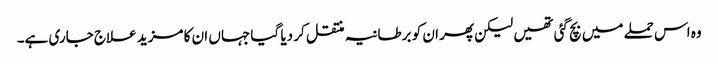
وہ اس حملے میں بچ گئی تھیں لیکن پھر ان کو برطانیہ منتقل کر دیا گیا جہاں ان کا مزید علاج جاری ہے۔